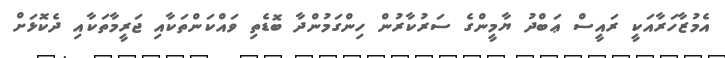
އެމުޒާހަރާއަކީ ރައީސް ޢަބްދު ޔާމީންގެ ސަރުކާރުން ހިންގަމުންދާ ބޮޑެތި ވައްކަންތަކާއި ޖަރީމާތަކާއި ދެކޮޅަށް